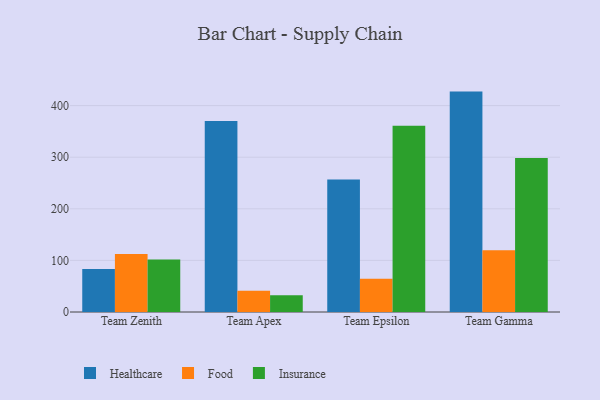
{"axis": {"x": "Team", "y": "Tickets Resolved"}, "legend": ["Food", "Healthcare", "Insurance"], "data": [{"x": "Team Zenith", "y": 83.3, "type": "Healthcare"}, {"x": "Team Zenith", "y": 112.2, "type": "Food"}, {"x": "Team Zenith", "y": 101.9, "type": "Insurance"}, {"x": "Team Apex", "y": 370.0, "type": "Healthcare"}, {"x": "Team Apex", "y": 41.2, "type": "Food"}, {"x": "Team Apex", "y": 32.4, "type": "Insurance"}, {"x": "Team Epsilon", "y": 257.0, "type": "Healthcare"}, {"x": "Team Epsilon", "y": 64.6, "type": "Food"}, {"x": "Team Epsilon", "y": 360.8, "type": "Insurance"}, {"x": "Team Gamma", "y": 427.1, "type": "Healthcare"}, {"x": "Team Gamma", "y": 119.7, "type": "Food"}, {"x": "Team Gamma", "y": 298.6, "type": "Insurance"}]}